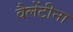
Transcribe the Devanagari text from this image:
वैलेंटीना